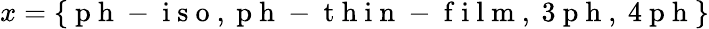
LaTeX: x=\{ \mathrm{~p~h~-~i~s~o~,~p~h~-~t~h~i~n~-~f~i~l~m~,~3~p~h~,~4~p~h~}\}